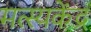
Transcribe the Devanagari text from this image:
मत्स्यकेंद्र